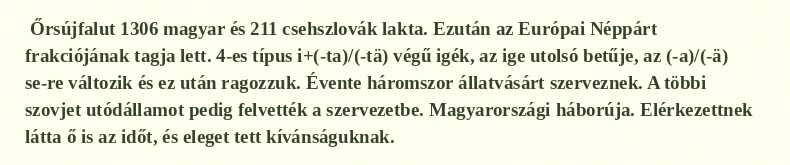
Őrsújfalut 1306 magyar és 211 csehszlovák lakta. Ezután az Európai Néppárt frakciójának tagja lett. 4-es típus i+(-ta)/(-tä) végű igék, az ige utolsó betűje, az (-a)/(-ä) se-re változik és ez után ragozzuk. Évente háromszor állatvásárt szerveznek. A többi szovjet utódállamot pedig felvették a szervezetbe. Magyarországi háborúja. Elérkezettnek látta ő is az időt, és eleget tett kívánságuknak.